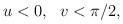
LaTeX: \begin{align*}u<0,~~v<\pi/2, \end{align*}